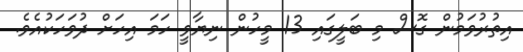
އިތުރުވަމުން ގޮސް މި ބަލީގައި 13 މީހުން ނިޔާވީ ހަމަ އިހަށް ދުވަހަކުއެވެ.